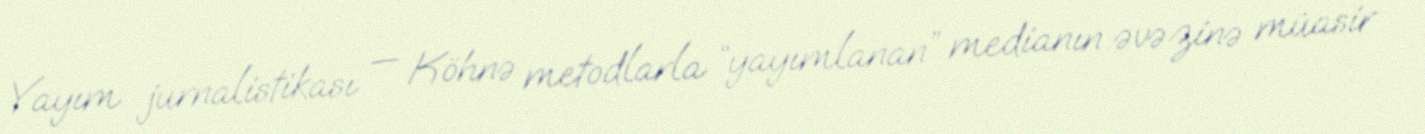
Yayım jurnalistikası — Köhnə metodlarla “yayımlanan” medianın əvəzinə müasir